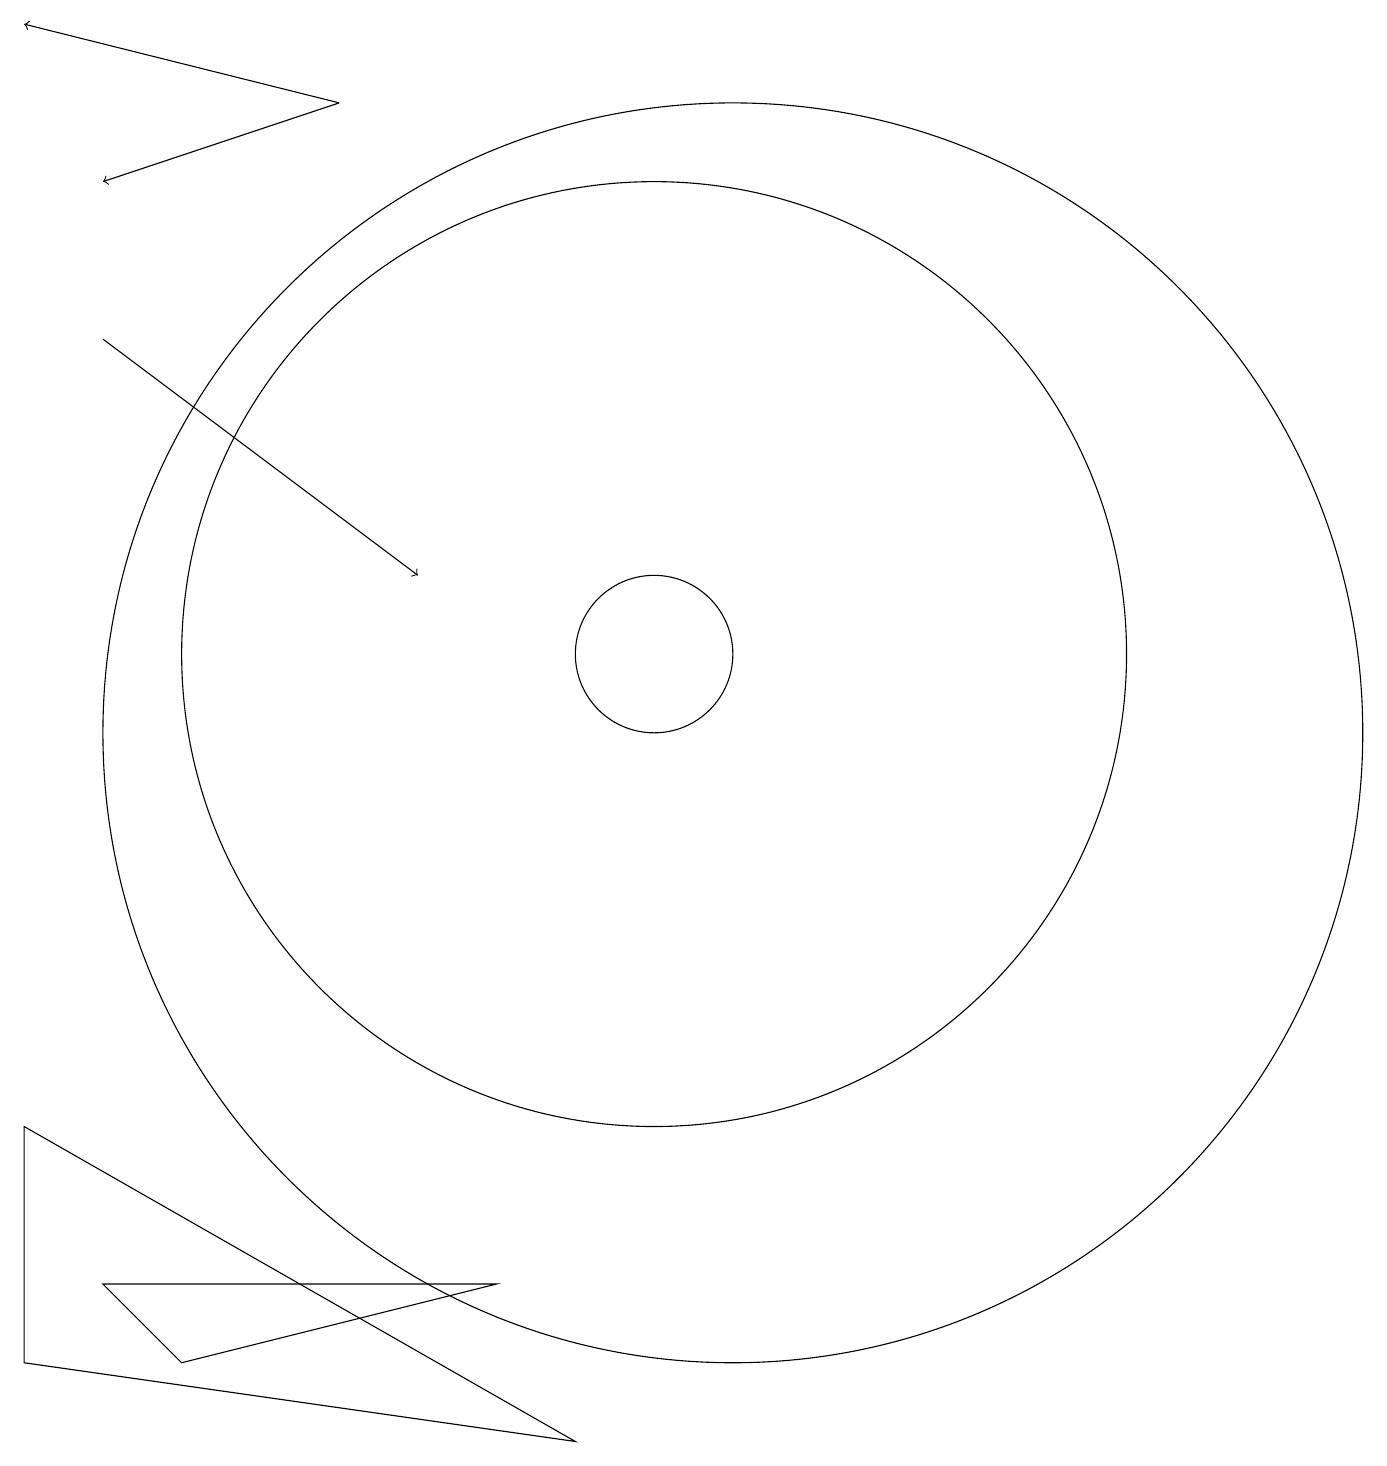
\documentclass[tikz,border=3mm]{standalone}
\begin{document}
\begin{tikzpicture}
\draw[->] (6,18) -- (2,19);
\draw (11,10) circle (8);
\draw (2,2) -- (9,1) -- (2,5) -- cycle;
\draw[->] (3,15) -- (7,12);
\draw (3,3) -- (4,2) -- (8,3) -- cycle;
\draw (10,11) circle (1);
\draw (10,11) circle (6);
\draw[->] (6,18) -- (3,17);
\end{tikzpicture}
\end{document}